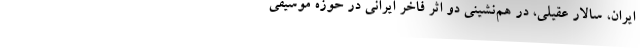
ایران، سالار عقیلی، در هم‌نشینی دو اثر فاخر ایرانی در حوزه موسیقی